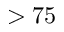
> 7 5